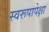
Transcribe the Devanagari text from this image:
स्वरूपापेक्षा